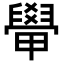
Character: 𬛽